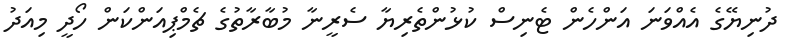
ދުނިޔޭގެ އެއްވަނަ އަންހެން ޓެނިސް ކުޅުންތެރިޔާ ސެރީނާ މުބާރާތުގެ ޗެމްޕިއަންކަން ހޯދީ މިއަދު